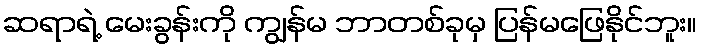
ဆရာရဲ့ မေးခွန်းကို ကျွန်မ ဘာတစ်ခုမှ ပြန်မဖြေနိုင်ဘူး။